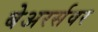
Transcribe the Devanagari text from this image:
बेअरर्सवर